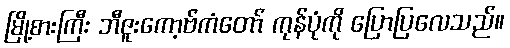
မြို့စားကြီး ဘီဇူးကော့ဗ်ကံတော် ကုန်ပုံကို ပြောပြလေသည်။